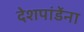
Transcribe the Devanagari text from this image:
देशपांडेंना